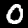
Digit: 0